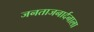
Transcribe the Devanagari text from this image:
जनताजनार्दनाला